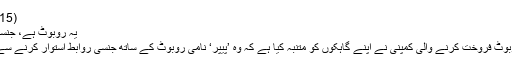
(28.09.2015)
یہ روبوٹ ہے، جنسی ساتھی نہیں
جاپان میں روبوٹ فروخت کرنے والی کمپنی نے اپنے گاہکوں کو متنبہ کیا ہے کہ وہ ’پیپر‘ نامی روبوٹ کے ساتھ جنسی روابط استوار کرنے سے گریز کریں۔